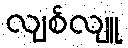
လျစ်လျူ